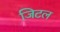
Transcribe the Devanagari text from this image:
जिटल